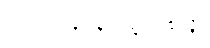
၇-ပါ-၄၀၃၊ ဋ္ဌ-၁၈၄။